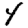
Digit: 4